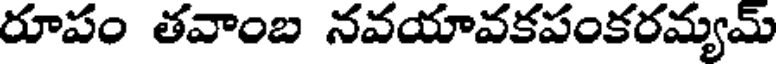
రూపం తవాంబ నవయావకపంకరమ్యమ్